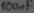
Text: 100µF